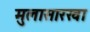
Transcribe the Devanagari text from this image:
मुलासारखा